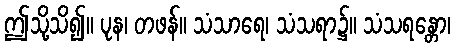
ဤသို့သိ၍။ ပုန၊ တဖန်။ သံသာရေ၊ သံသရာ၌။ သံသရန္တော၊